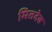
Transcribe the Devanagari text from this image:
मितदेव